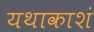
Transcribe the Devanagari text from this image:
यथाकाशं